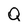
Character: Q